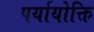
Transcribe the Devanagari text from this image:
पर्यायोक्ति